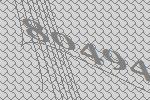
80494